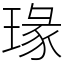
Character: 瑑